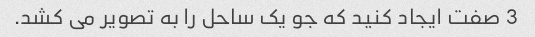
3 صفت ایجاد کنید که جو یک ساحل را به تصویر می کشد.